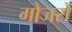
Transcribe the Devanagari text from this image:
गोजरों